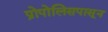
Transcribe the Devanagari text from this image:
प्रोपोलिसपासून